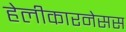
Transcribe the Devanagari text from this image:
हेलीकारनेसस